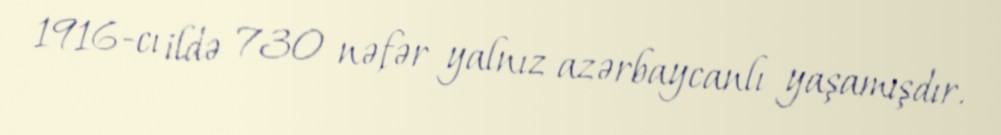
1916-cı ildə 730 nəfər yalnız azərbaycanlı yaşamışdır.